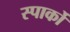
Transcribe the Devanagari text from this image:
स्पार्को